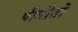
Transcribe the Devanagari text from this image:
पीडीतों